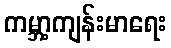
ကမ္ဘာ့ကျန်းမာရေး